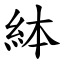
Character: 絊